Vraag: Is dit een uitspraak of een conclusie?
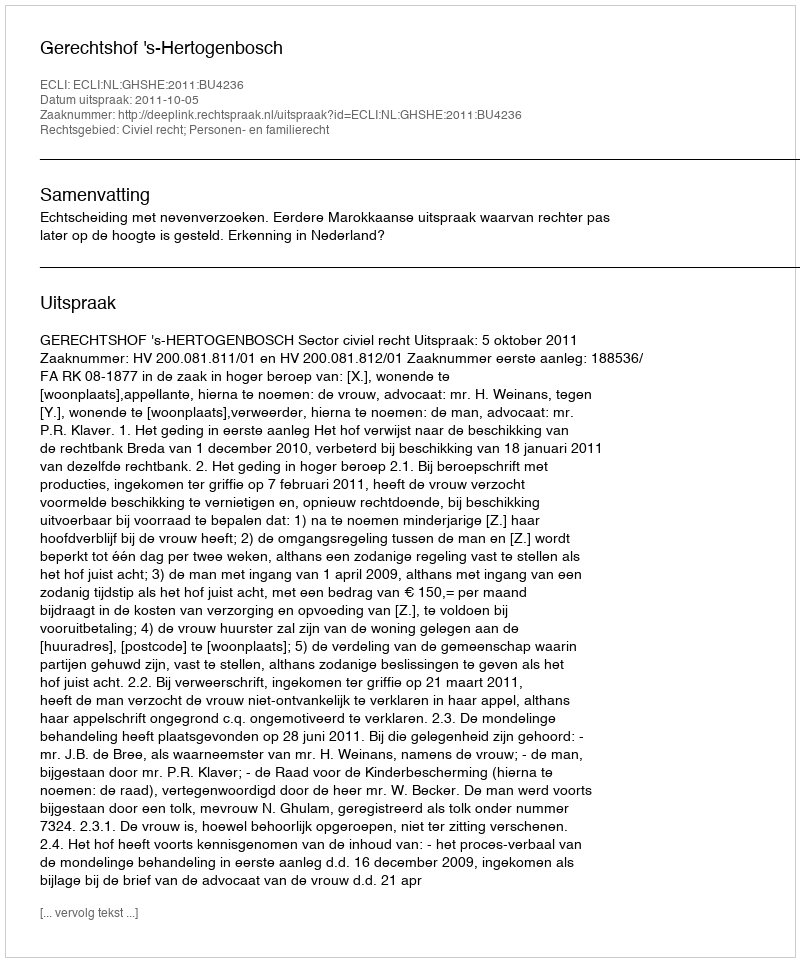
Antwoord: Uitspraak